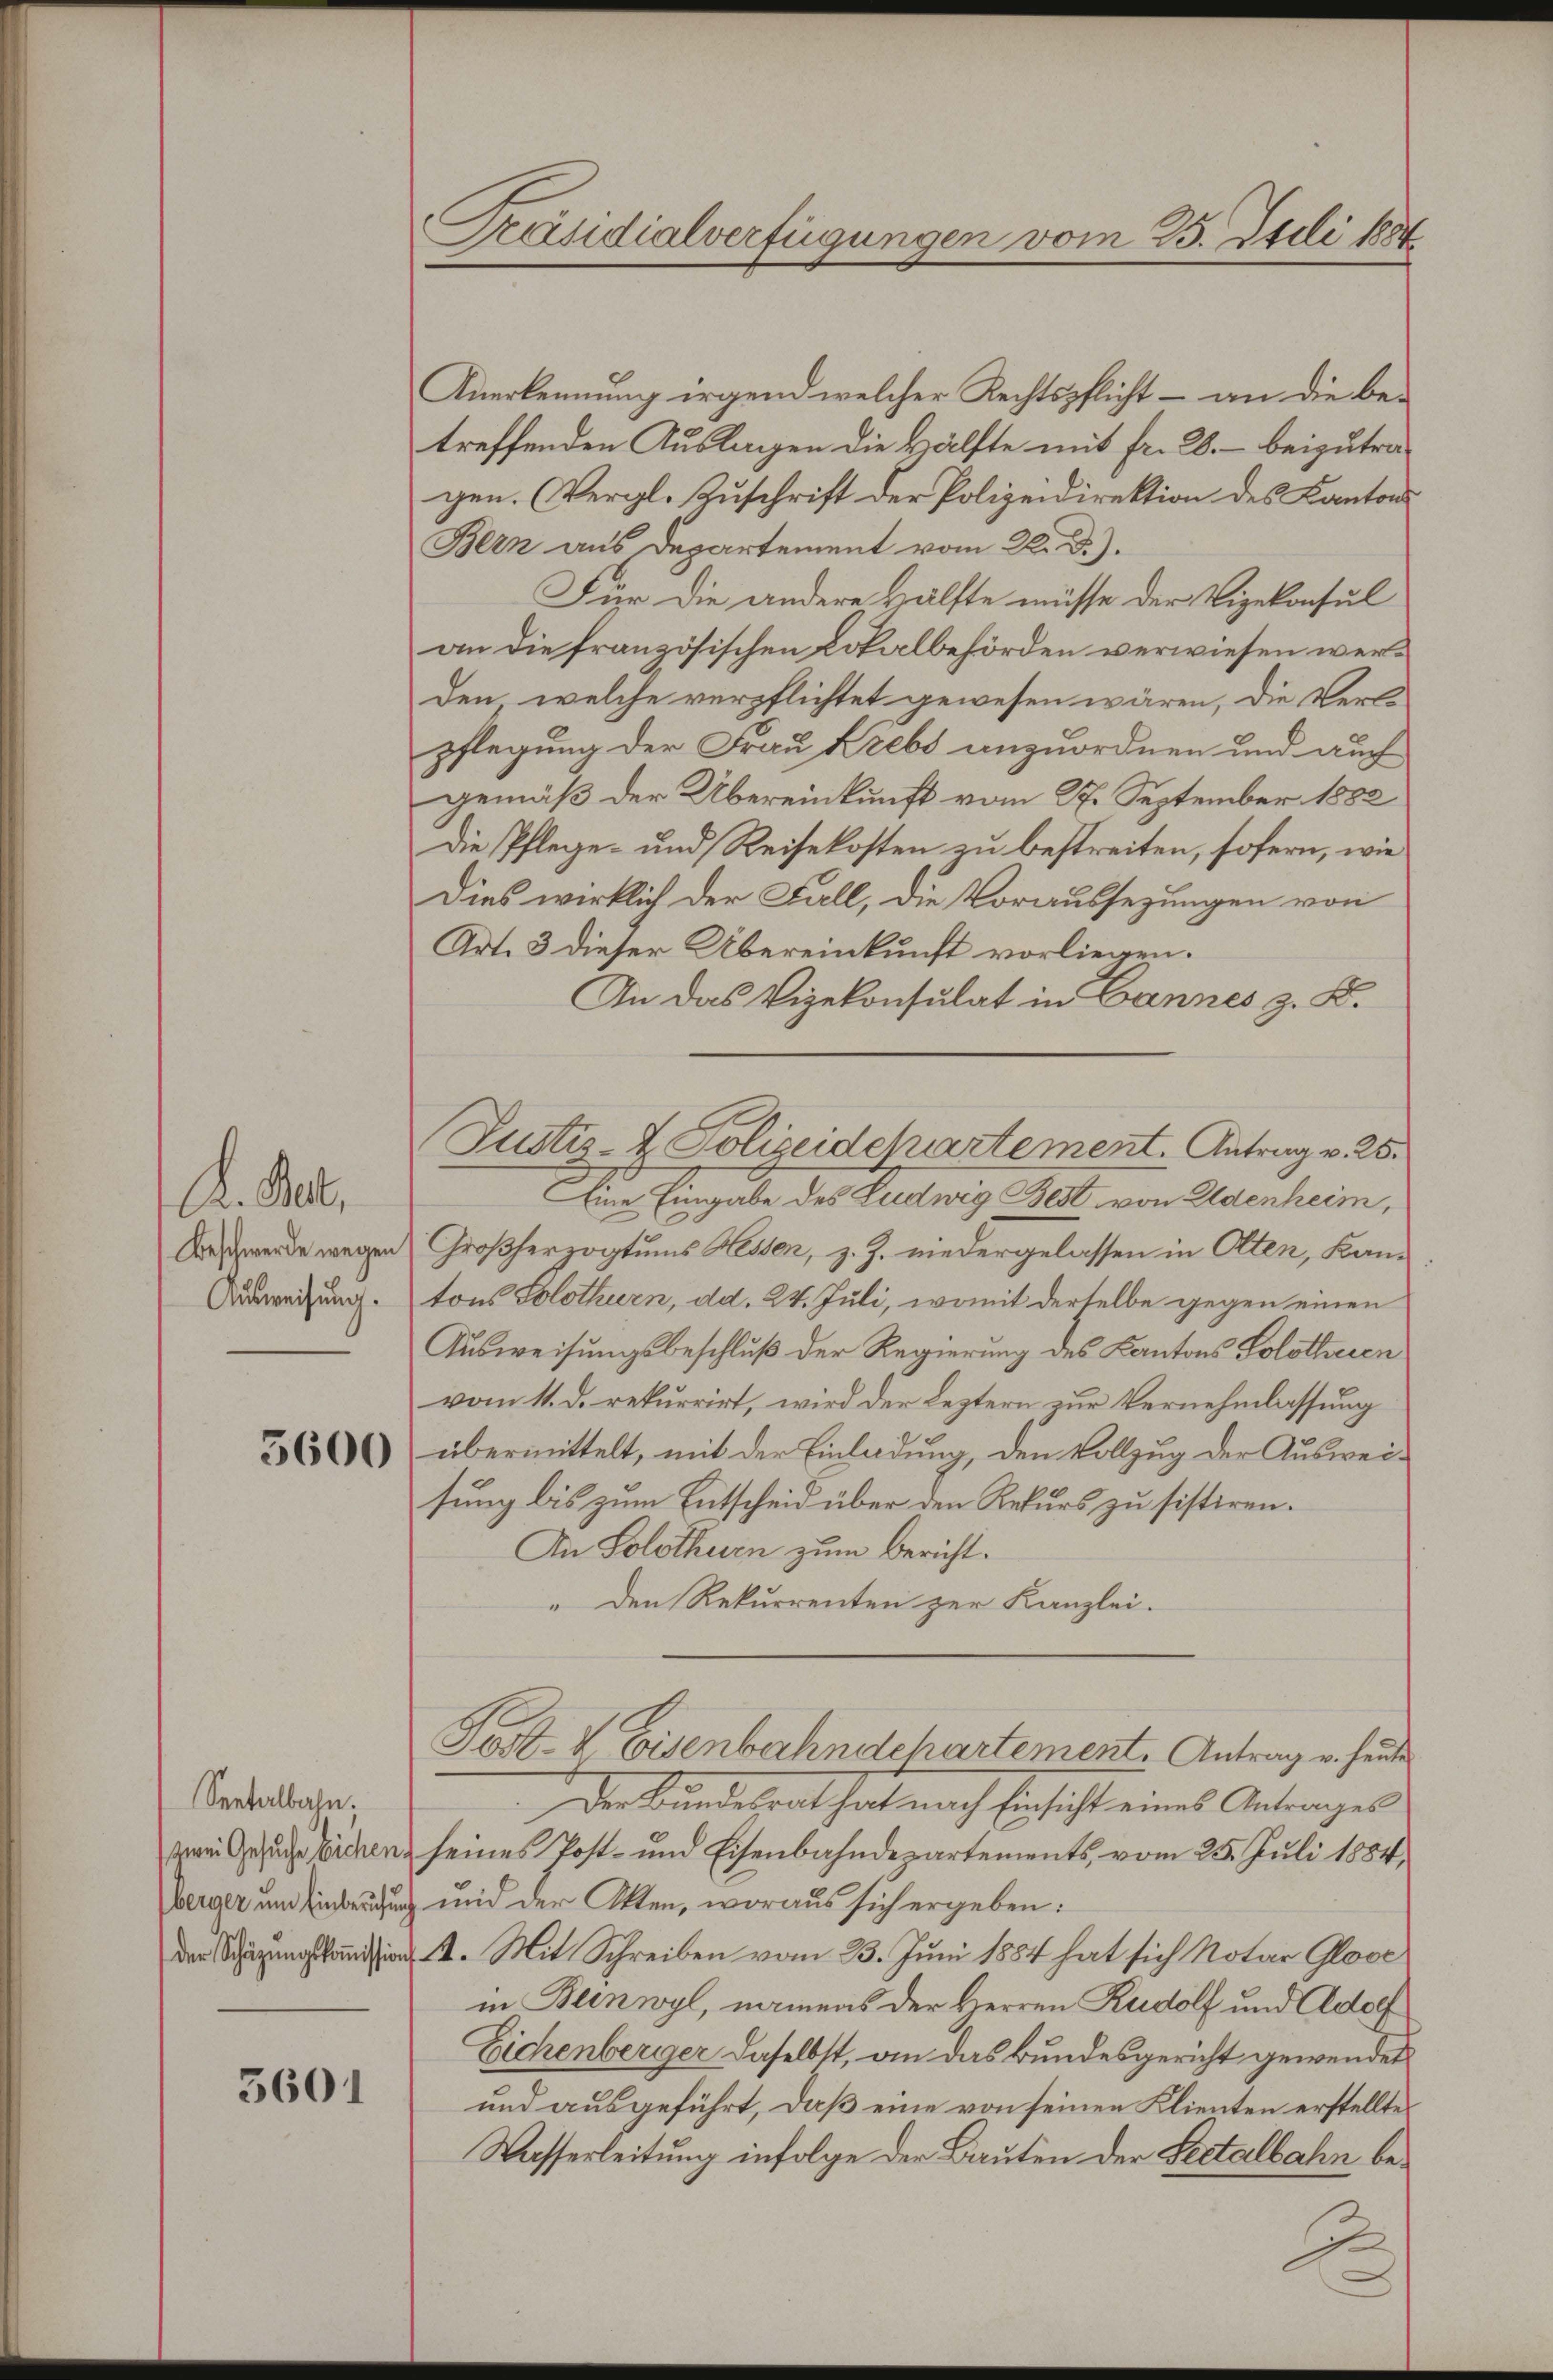
K. Rat,
Beschwerde wegen
Ausweisung.

5600

Seetalbahn.
(zwei Gesuche Eichen.

3601

Präsidialverfügungen vom 25. Juli 1887.

Anerkennung irgend welcher Rechtspflicht – an die be-
treffenden Auslagen die Hälfte mit fr. 28. – beizutragen. (Vergl. Zuschrift der Polizeidirektion des Kantons
Bern aus Departement vom 20. d.).
Für die andere Hälfte müsse der Vizekonsul
an die französischen Lokalbehörden verwiesen werden, welche verpflichtet gewesen wären, die Verle
pflegung der Frau Krebs anzuordnen und auch
gemäß der Übereinkunft vom 27. September 1882
Die Pflege- und Reisekosten zu bestreiten, sofern, wie
Dies wirklich der Fall, die Voraussezungen von
Art. 3 dieser Übereinkunft vorliegen.
An das Vizekonsulat in Cannes z. B.
Eine Eingabe des Ludwig Best von Eldenheim,
Großherzogtums Hessen, z. Z. niedergelassen in Otten, Kantons Solothurn, dd. 24. Juli, womit derselbe gegen einen
Ausweisungsbeschluß der Regierung des Kantons Solothuren
vom 11. d. rekurrirt, wird der Leztern zur Vernehmlassung
übermittelt, mit der Einladung, den Vollzug der Ausweisung bis zum Entscheid über den Rekurs zu sistiren.
An Solothurn zum Bericht.
" den Rekurrenten zur Kanzlei-
Post. V. Eisenbahndchartement. Antrag u. heute
Der Bundesrat hat nach Einsicht eines Antrages
seines Post- und Eisenbahndepartements, vom 25. Juli 1884,
berger um Einlegung und der Akten, woraus sich ergeben:
der Schazungskandition 12. Mit Schreiben vom 23. Juni 1884 hat sich Notar Glove
in Beinwyl, namens der Herren Rudolf und Adolf
Eichenberger daselbst, an das Bundesgericht gewendet
und ausgeführt, daß eine von seinen Klienten erstellte
Wasserleitung infolge der Bauten der Seetalbahn be¬

Justiz- & Polizeidepartement. Antrag v. 25.